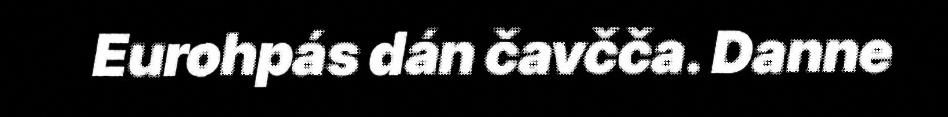
Eurohpás dán čavčča. Danne